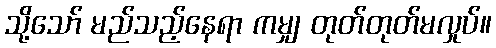
သို့သော် မည်သည့်နေရာ ကမျှ တုတ်တုတ်မလှုပ်။